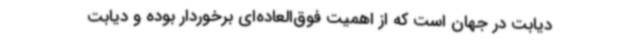
دیابت در جهان است که از اهمیت فوق‌العاده‌ای برخوردار بوده و دیابت